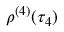
\rho ^ { ( 4 ) } ( \tau _ { 4 } )